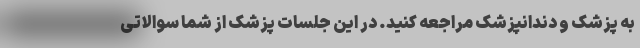
به پزشک و دندانپزشک مراجعه کنید. در این جلسات پزشک از شما سوالاتی